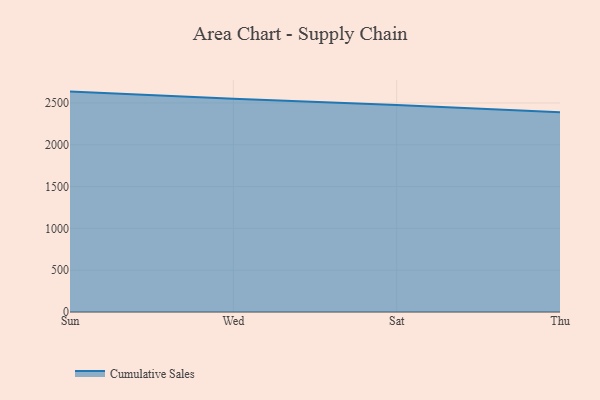
{"axis": {"x": "Day", "y": "LTV (USD)"}, "legend": ["Cumulative Sales"], "data": [{"x": "Sun", "y": 2635.9, "type": "Cumulative Sales"}, {"x": "Wed", "y": 2550.3, "type": "Cumulative Sales"}, {"x": "Sat", "y": 2475.9, "type": "Cumulative Sales"}, {"x": "Thu", "y": 2389.8, "type": "Cumulative Sales"}]}